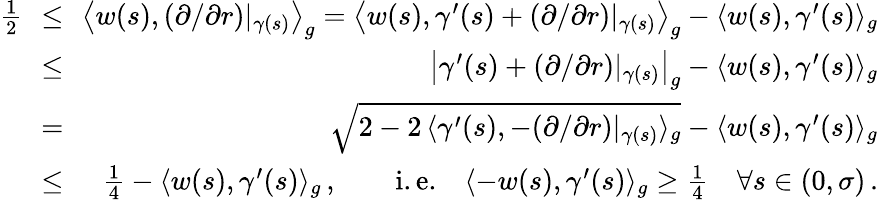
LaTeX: \begin{array}{rlr}{\frac{1}2\! \! }&{\le}&{\! \! \big\langle w(s),(\partial/\partial r)|_{\gamma(s)}\big\rangle_{g}=\big\langle w(s),\gamma^{\prime}(s)+(\partial/\partial r)|_{\gamma(s)}\big\rangle_{g}-\langle w(s),\gamma^{\prime}(s)\rangle_{g}}\\ {\! \! }&{\le}&{\! \! \big|\gamma^{\prime}(s)+(\partial/\partial r)|_{\gamma(s)}\big|_{g}-\langle w(s),\gamma^{\prime}(s)\rangle_{g}}\\ {\! \! }&{=}&{\! \! \sqrt{2-2\, \langle\gamma^{\prime}(s),-(\partial/\partial r)|_{\gamma(s)}\rangle_{g}}-\langle w(s),\gamma^{\prime}(s)\rangle_{g}}\\ {\! \! }&{\le}&{\! \! \frac 14-\langle w(s),\gamma^{\prime}(s)\rangle_{g}\, ,\qquad\mathrm{i.e.}\quad\langle-w(s),\gamma^{\prime}(s)\rangle_{g}\ge\frac 14\quad\forall s\in(0,\sigma)\, .}\end{array}